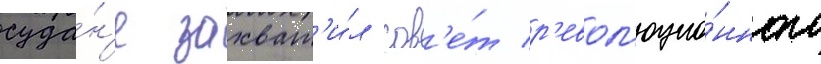
суда́н'е захват'и́л сов'е́т р'евол'юцио́нного